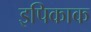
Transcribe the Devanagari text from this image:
इपिकाक